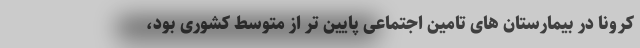
کرونا در بیمارستان های تامین اجتماعی پایین تر از متوسط کشوری بود،